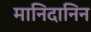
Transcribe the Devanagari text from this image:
मानिदानिन